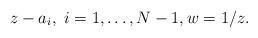
LaTeX: \begin{align*}z-a_i,\ i=1,\ldots, N-1,w=1/z.\end{align*}